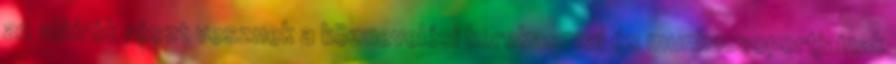
az aláírók részt vesznek a köznevelési kerekasztal és munkacsoportjainak